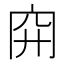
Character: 𥤬